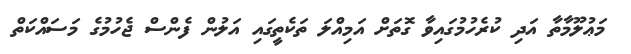
މަޢުލޫމާތާ އަދި ކުރެހުމުގައިވާ ގޮތަށް އަމިއްލަ ތަކެތީގައި އަލުން ފެންސް ޖެހުމުގެ މަސައްކަތް